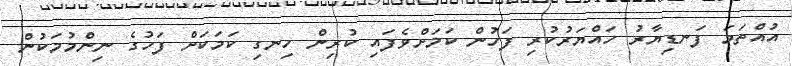
އުއްތަމަ ފަނޑިޔާރު ހައްޔަރުކުރި ފަހުން ކަމަށްވެފައި ކުރިން ހިނގި ކަމަކަށް ފަހުގެ ނިންމުމަކުން